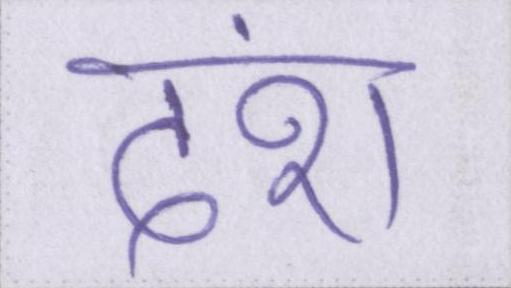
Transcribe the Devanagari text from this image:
दंश